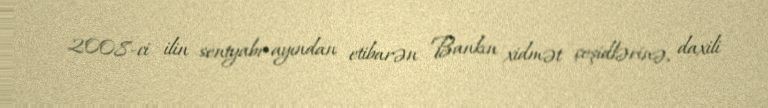
2008-ci ilin sentyabr ayından etibarən Bankın xidmət çeşidlərinə, daxili